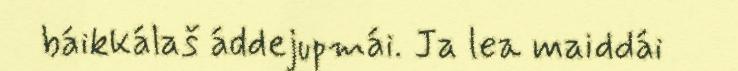
báikkálaš áddejupmái. Ja lea maiddái